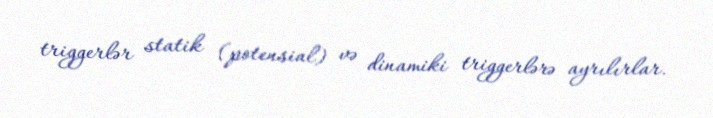
triggerlər statik (potensial) və dinamiki triggerlərə ayrılırlar.